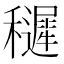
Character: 䆈